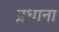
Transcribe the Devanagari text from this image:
प्रधाना